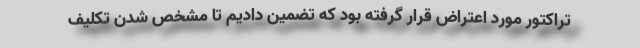
تراکتور مورد اعتراض قرار گرفته بود که تضمین دادیم تا مشخص شدن تکلیف